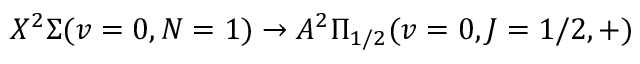
X ^ { 2 } \Sigma ( v = 0 , N = 1 ) \to A ^ { 2 } \Pi _ { 1 / 2 } ( v = 0 , J = 1 / 2 , + )